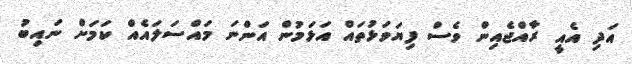
އަދި އެއީ ރާއްޖެއިން ވެސް ފިޔަވަޅުތައް އަޅަމުން އަންނަ މައްސަލައެއް ކަމަށް ނައިބު